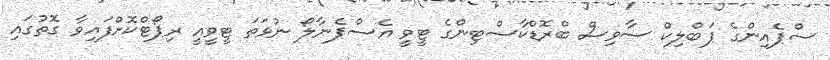
ސްޕެއިންގެ ޕަބްލިކް ސާވިސް ބްރޮޑްކާސްޓިންގެ ޓީވީ އެސްޕެނާލޯ ނުވަތަ ޓީވީއީ ރިޕޯޓްކޮށްފައިވާ ގޮތުގައި